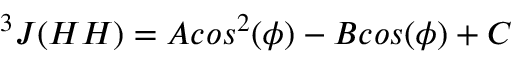
^ 3 J ( H H ) = A c o s ^ { 2 } ( \phi ) - B c o s ( \phi ) + C